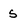
Character: s